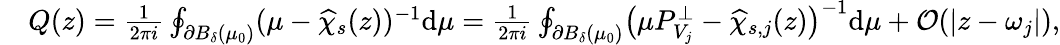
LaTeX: \begin{array}{rl}&{Q(z)=\frac{1}{2\pi i}\oint_{\partial B_{\delta}(\mu_{0})}(\mu-\widehat{\chi}_{s}(z))^{-1}\mathrm{d}\mu=\frac{1}{2\pi i}\oint_{\partial B_{\delta}(\mu_{0})}\bigr(\mu P_{V_{j}}^{\perp}-\widehat{\chi}_{s,j}(z)\bigr)^{-1}\mathrm{d}\mu+\mathcal{O}(|z-\omega_{j}|),}\end{array}